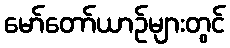
မော်တော်ယာဉ်များတွင်